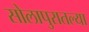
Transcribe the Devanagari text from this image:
सोलापुरातल्या